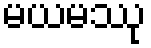
မယမဿု